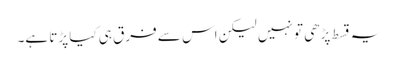
یہ قسط پڑھی تو نہیں لیکن اس سے فرق ہی کیا پڑتا ہے۔